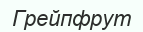
Грейпфрут